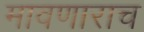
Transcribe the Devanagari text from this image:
मावणाराच